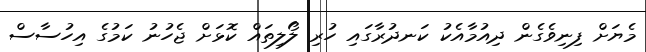
މެޔަށް ފިނިވެގެން ދިއުމާއެކު ކަނދުރާގައި ހުރި ލޯލިތައް ކޮޅަށް ޖެހުނު ކަމުގެ އިހުސާސް